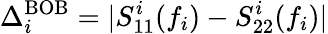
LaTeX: \Delta_{i}^{\mathrm{BOB}}=|S_{11}^{i}(f_{i})-S_{22}^{i}(f_{i})|